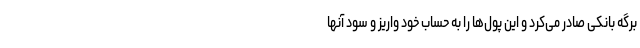
برگه بانکی صادر می‌کرد و این پول‌ها را به حساب خود واریز و سود آنها